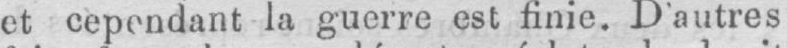
la guerre est finie. D’autres